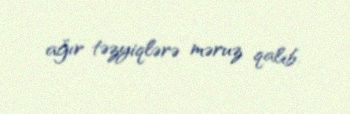
ağır təzyiqlərə məruz qalıb.